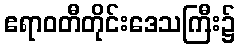
ဧရာဝတီတိုင်းဒေသကြီး၌